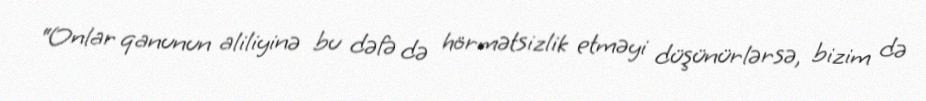
“Onlar qanunun aliliyinə bu dəfə də hörmətsizlik etməyi düşünürlərsə, bizim də